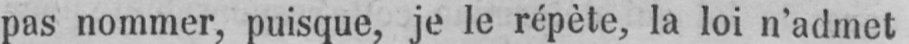
pas nommer, puisque, je le répète, la loi n’admet